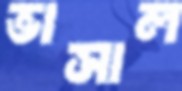
ভাসাল